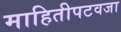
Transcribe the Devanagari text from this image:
माहितीपटवजा